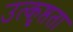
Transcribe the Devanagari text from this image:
उत्कृष्तता